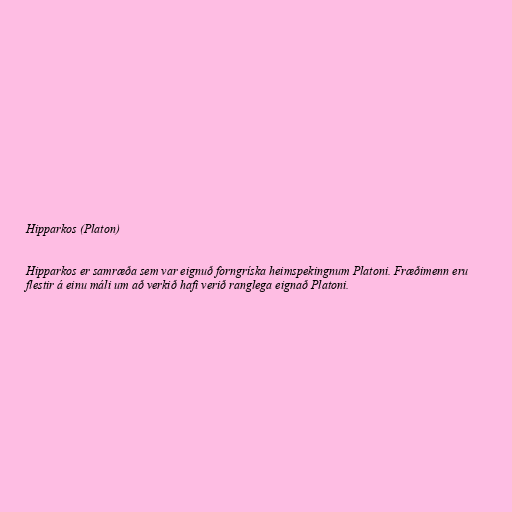
Hipparkos (Platon)

Hipparkos er samræða sem var eignuð forngríska heimspekingnum Platoni. Fræðimenn eru
flestir á einu máli um að verkið hafi verið ranglega eignað Platoni.